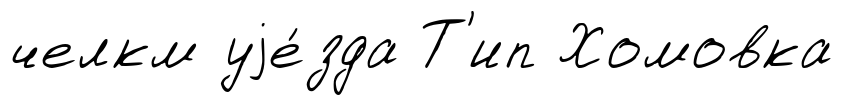
челкм уjе́зда Т'ип Хомовка